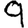
Digit: 9